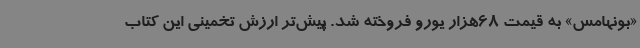
«بونهامس» به قیمت 68هزار یورو فروخته شد. پیش‌تر ارزش تخمینی این کتاب